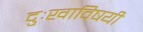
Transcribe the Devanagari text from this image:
दुःखाविषयी